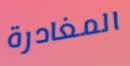
المغادرة